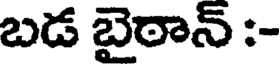
బడ బైఠాన్ :-